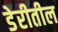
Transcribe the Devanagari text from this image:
डेरीतील